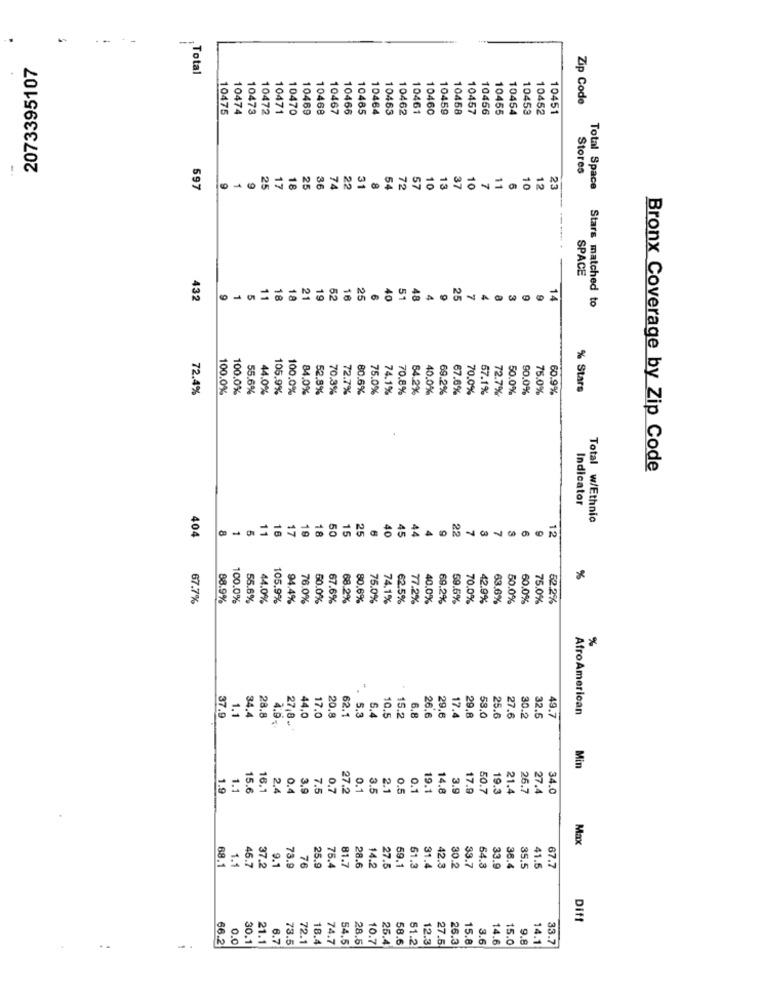
--
2073395107
Total
Zip Code
10475
10474
10473
10472
10471
10470
10469
10468
10467
10466
10485
10464
10463
10462
10461
10460
10459
10458
10457
10456
10455
10454
10453
10452
10451
Stores
31
597
9
9
25
17
18
25
36
74
22
8
54
72
57
10
13
37
10
7
11
6
10
12
23
Total Space
SPACE
432
5
11
18
18
21
19
52
16
25
6
40
51
48
4
25
7
3
9
14
Stars matched to
72.4%
100.0%
100.0%
55.6%
44.0%
105.9%
100.0%
84.0%
52.8%
70,3%
72.7%
80.6%
75.0%
74.1%
70.8%
64.2%
40.0%
69.2%
67.6%
70.0%
57.1%
72.7%
50.0%
90.0%
75.0%
60.9%
% Stars
Bronx Coverage by Zip Code
Indicator
Total w/Ethnic
404
5
16
19
18
15
25
40
22
7
11
17
50
6
45
44
4
9
%
67.7%
88.9%
100.0%
55.6%
44.0%
105.9%
94.4%
76.0%
50.0%
67.6%
68.2%
80.6%
75.0%
74.1%
62.5%
77.2%
40,0%
69.2%
59.5%
70.0%
42.9%
63.6%
50.0%
60.0%
75.0%
52.2%
%
.
37.
34.4
44.6
17.0
20,0
62.1
5.3
5.4
10.5
15.2
17.4
58.0
27.6
AfroAmerican
1.1
28.8
4.9%
27 8
6.8
26,6
29.6
29.8
25.6
30.2
32.5
49.7
Min
1.9
1.1
15.6
16,1
2.4
0.4
3,9
7.5
0.7
27.2
0.1
3.5
2.1
0.5
0.1
19.1
14.8
3.9
17.9
50.7
19.3
21.4
26.7
27.4
34.0
Max
1.1
45.7
9.1
25.9
76.4
81.7
28.6
61.3
38.4
35.5
67.7
68.1
37.2
73.9
76
14.2
27.5
69.1
31.4
42.3
30.2
33.7
54.3
33.9
41.5
Diff
66.
0.0
30.1
21.1
6.7
73.
72.
18.4
74.7
54.5
28.5
10.7
25.4
58.6
51.2
12.3
27.5
26.3
15.8
3.6
14.6
15.
9.8
14.1
33.